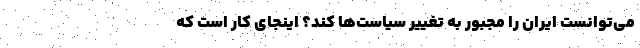
می‌توانست ایران را مجبور به تغییر سیاست‌ها کند؟ اینجای کار است که